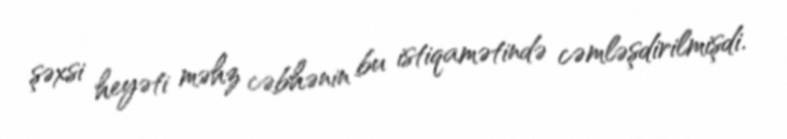
şəxsi heyəti məhz cəbhənin bu istiqamətində cəmləşdirilmişdi.